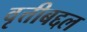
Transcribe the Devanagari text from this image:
वृत्तीबद्दल